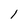
Character: 1